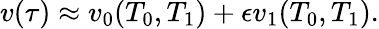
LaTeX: v(\tau)\approx v_{0}(T_{0},T_{1})+\epsilon v_{1}(T_{0},T_{1}).